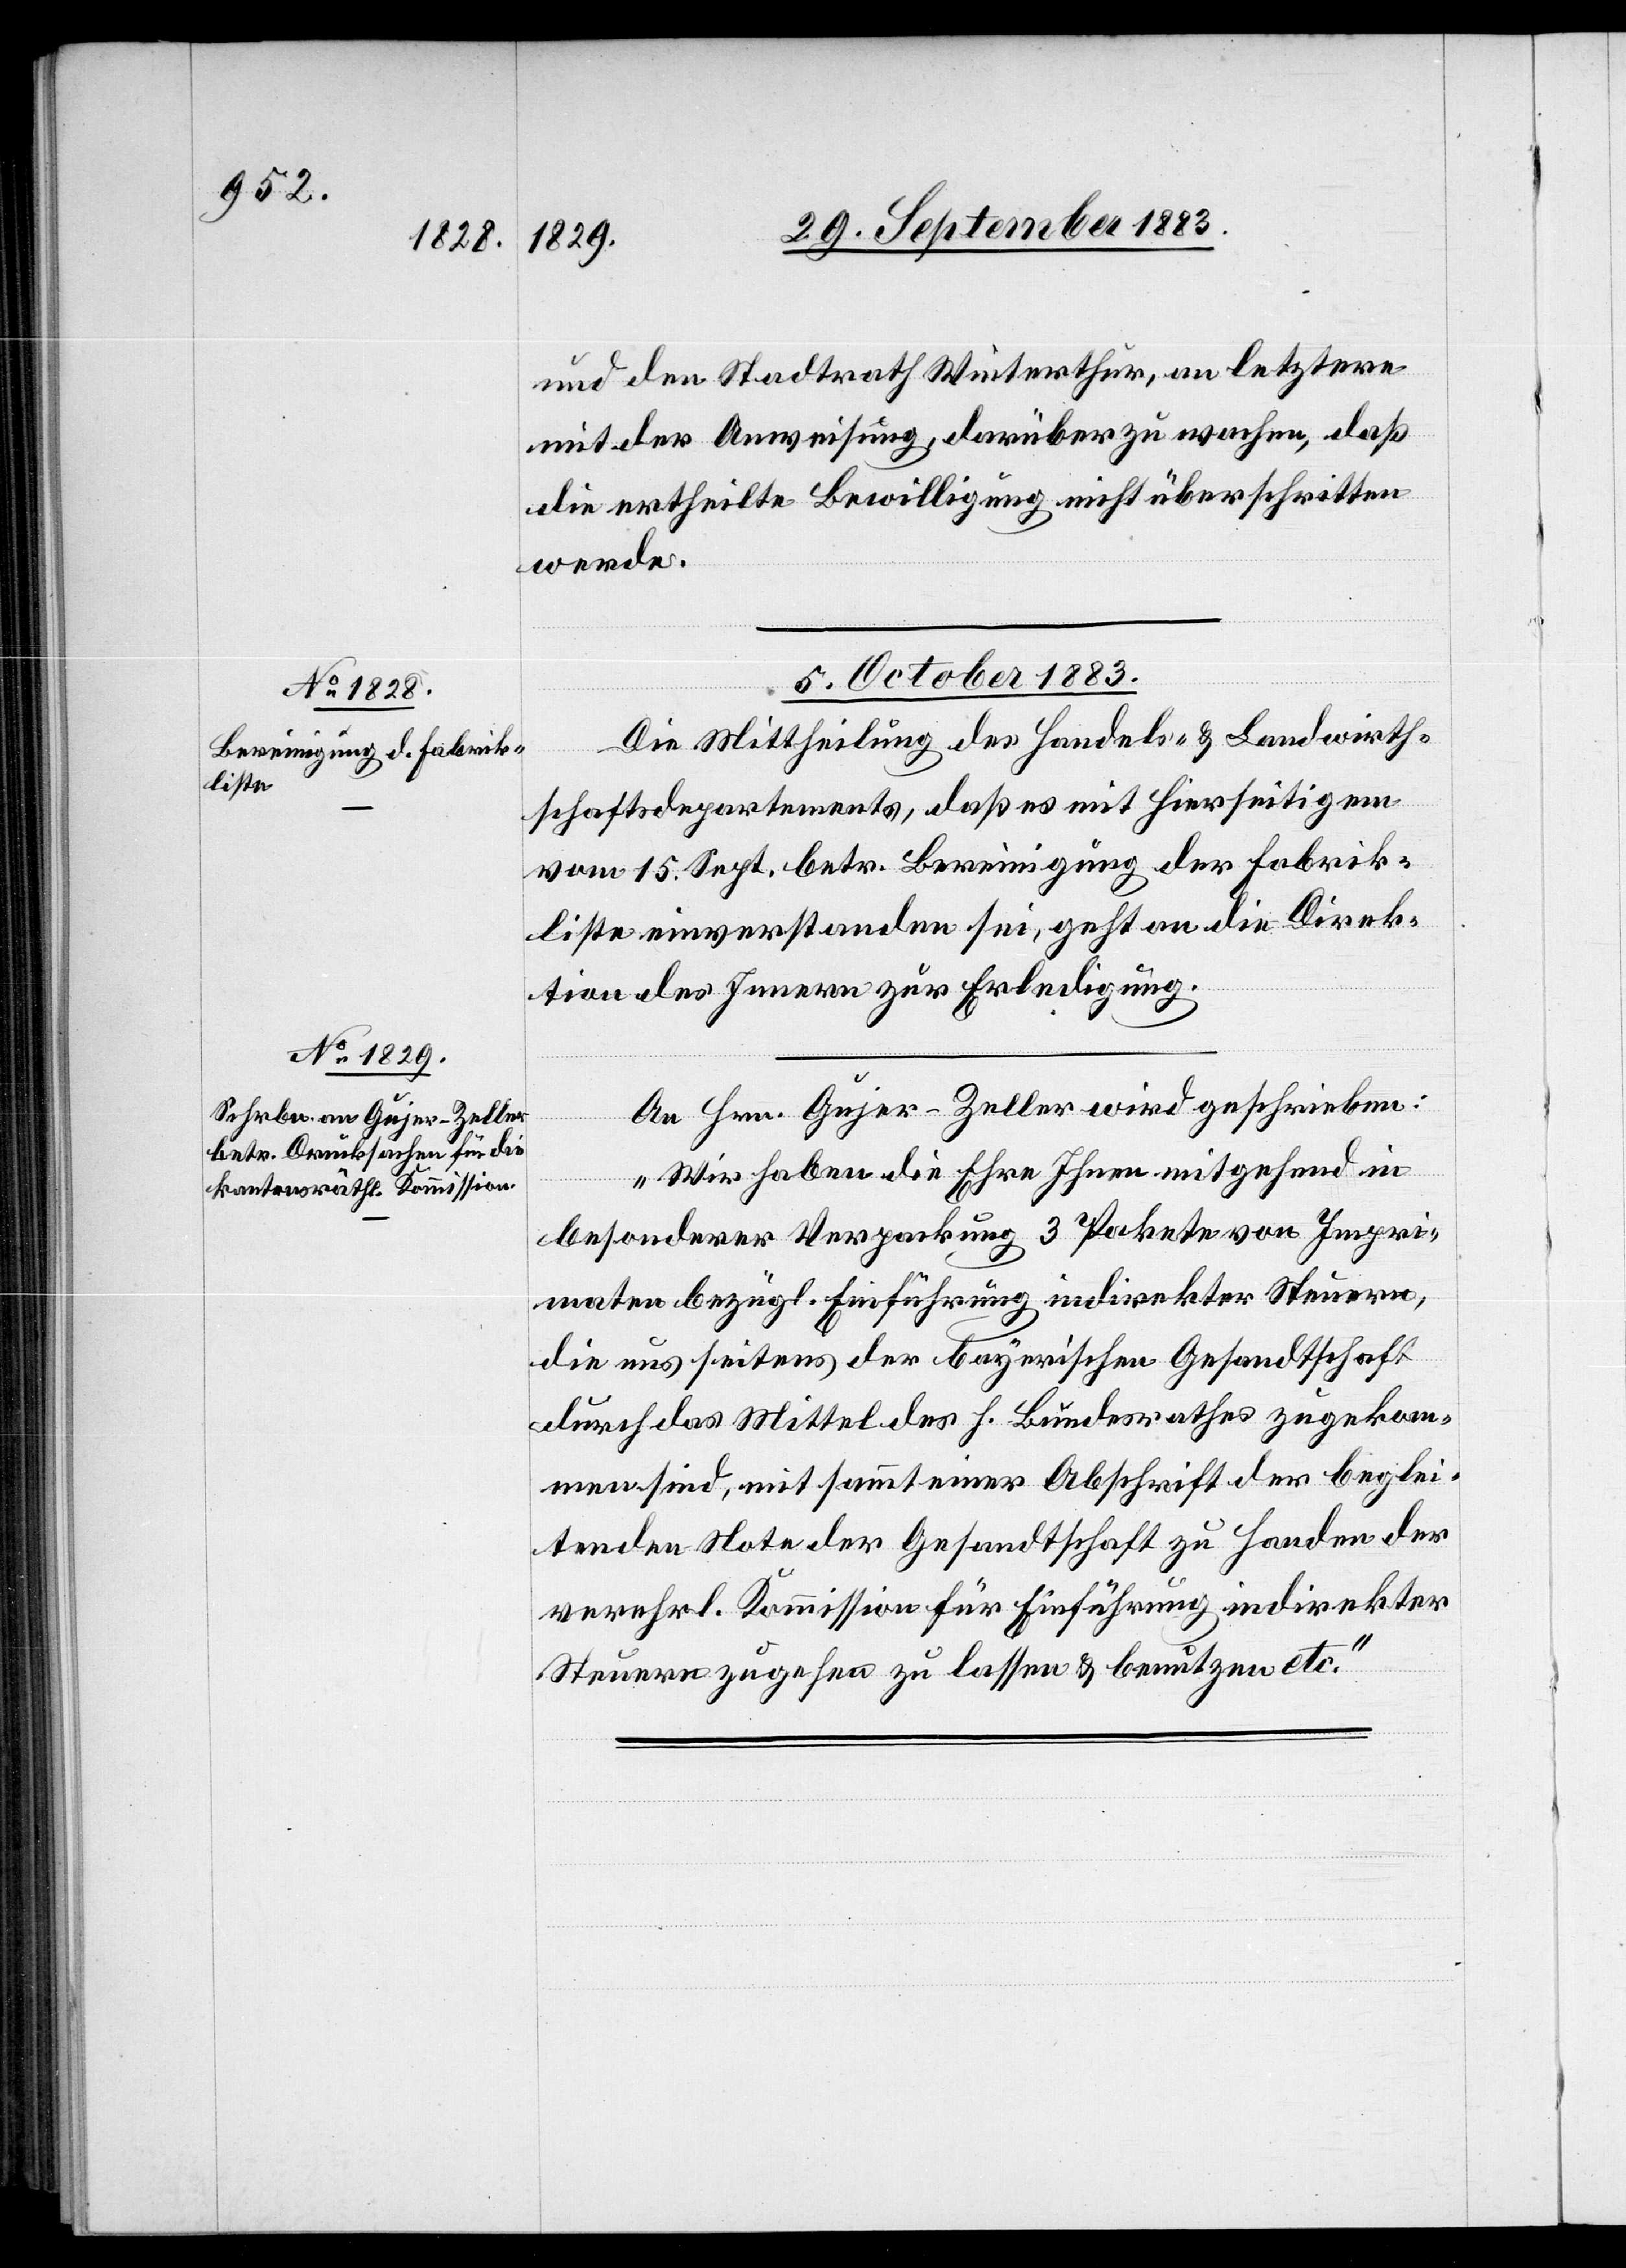
und den Stadtrath Winterthur, an letztere
mit der Anweisung, darüber zu wachen, daß
die ertheilte Bewilligung nicht überschritten
werde.
5. October 1883.]
Die Mittheilung des Handels- & Landwirth¬
schaftsdepartements, daß es mit hierseitigem
vom 15. Sept. betr. Bereinigung der Fabrik¬
liste einverstanden sei, geht an die Direk¬
tion des Innern zur Erledigung.
An Hrn. Gujer-Zeller wird geschrieben:
„Wir haben die Ehre Ihnen mitgehend in
besonderer Verpackung 3 Pakete von Impri¬
maten bezügl. Einführung indirekter Steuern,
die uns seitens der bayerischen Gesandtschaft
durch das Mittel des h. Bundesrathes zugekom¬
men sind, mit sammt einer Abschrift der beglei¬
tenden Note der Gesandtschaft zu Handen der
verherl. Kommission für Einführung indirekter
Steuern zugehen zu lassen & benutzen etc.“